Report on sanitation, dispensaries, and jails in Rajputana for 1919, and on vaccination for the year 1919-1920 - 1919-1920
Year: 1919
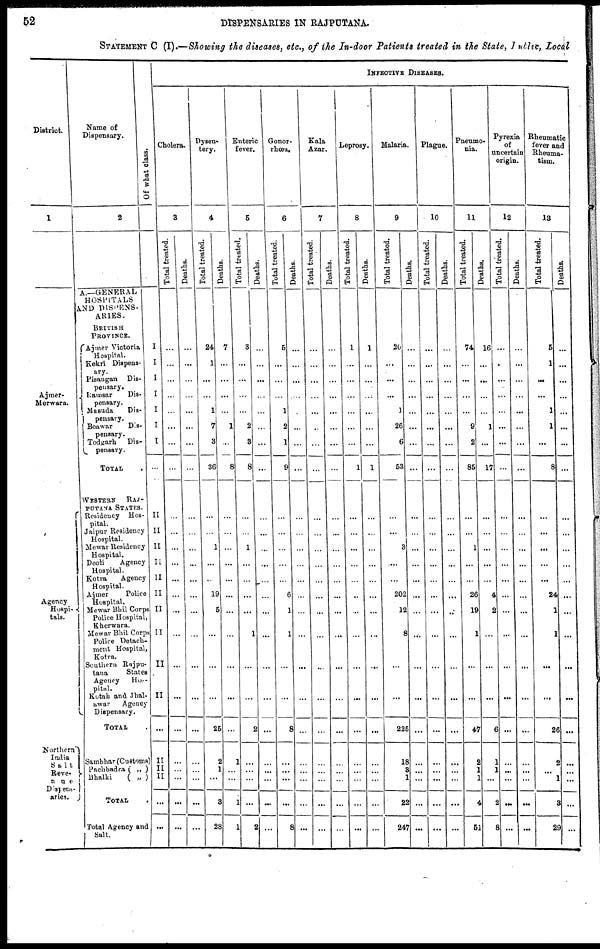
52
DISPENSARIES IN RAJPUTANA.
STATEMENT C (I).—Showing the diseases, etc., of the In-door Patients treated in the State, Public, Local
District.
1
Ajmer-
Merwara.
Agency
Hospi¬
tals.
Northern
India
Salt
Reve¬
nue
Dispens¬
aries.
Name of
Dispensary.
2
A.—GENERAL
HOSPITALS
AND DISPENS-
ARIES.
BRITISH
PROVINCE.
Ajmer Victoria
Hospital.
Kekri Dispens¬
ary.
Pisangan Dis-
pensary.
Ramsar
Dis¬
pensary.
Masuda
Dis¬
pensary.
Beawar
Dis¬
pensary.
Todgarh Dis¬
pensary.
TOTAL .
WESTERN
RAJ¬
PUTANA STATES.
Residency Hos-
pital.
Jaipur Residency
Hospital.
Mewar Residency
Hospital.
Deoli
Agency
Hospital.
Kotra
Agency
Hospital.
Ajmer
Police
Hospital.
Mewar Bhil Corps
Police Hospital,
Kherwara.
Mewar Bhil Corps
Police Detach-
ment Hospital,
Kotra.
Southern Rajpu¬
tana
States
Agency
Hos-
pital.
Kotah and Jhal¬
awar
Agency
Dispensary.
TOTAL .
Sambhar (Customs)
Pachbadra ( „ )
Bhalki
( „ )
TOTAL
Total Agency and
Salt.
Of what class.
I
I
I
I
I
I
I
...
II
II
II
II
II
II
II
II
II
II
...
II
II
II
...
INFECTIVE DISEASES.
Cholera.
3
Total treated.
...
...
...
...
...
...
...
...
...
...
...
...
...
...
...
...
...
...
...
...
...
...
...
...
Deaths.
...
...
...
...
...
...
...
...
...
...
...
...
...
...
...
...
...
...
...
...
...
...
...
...
Dysen¬
tery.
4
Total treated.
24
1
...
...
1
7
3
36
...
...
1
...
...
19
5
...
...
...
25
2
1
...
3
28
Deaths.
7
...
...
...
...
1
...
8
...
...
...
...
...
...
...
...
...
...
...
1
...
...
1
1
Enteric
fever.
5
Total treated.
3
...
...
...
...
2
3
8
...
...
1
...
...
...
...
1
...
...
2
...
...
...
2
Deaths.
...
...
...
...
...
...
...
...
...
...
...
...
...
...
...
...
...
...
...
...
...
...
...
...
Gonor¬
rhœa.
6
Total treated.
5
...
...
...
1
2
1
9
...
...
...
...
...
6
1
1
...
...
8
...
...
...
...
8
Deaths.
...
...
...
...
...
...
...
...
...
...
...
...
...
...
...
...
...
...
...
...
...
...
...
Kala
Azar.
7
Total treated.
...
...
...
...
...
...
...
...
...
...
...
...
...
...
...
...
...
...
...
...
...
...
...
Deaths.
...
...
...
...
...
...
...
...
...
...
...
...
...
...
...
...
...
...
...
...
...
...
Leprosy.
8
Total treated.
1
...
...
...
...
...
...
1
...
...
...
...
...
...
...
...
...
...
...
...
...
...
...
Deaths.
1
...
...
...
...
...
...
1
...
...
...
...
...
...
...
...
...
...
...
...
...
...
....
Malaria.
9
Total treated.
20
...
...
...
1
26
6
53
...
...
3
...
...
202
12
8
...
...
225
18
8
1
22
247
Deaths.
...
...
...
...
...
...
...
...
...
...
...
...
...
...
...
...
...
...
...
...
...
...
...
...
Plague.
10
Total treated.
...
...
...
...
...
...
...
...
...
...
...
...
...
...
...
...
...
...
...
...
...
...
...
...
Deaths.
...
...
...
...
...
...
...
...
...
...
...
...
...
...
...
...
...
...
...
...
...
...
...
...
Pneumo-
nia.
11
Total treated.
74
...
...
...
...
9
2
85
...
...
1
...
...
26
19
1
...
...
47
2
1
1
4
51
Deaths.
16
...
...
...
...
1
...
17
...
...
...
...
...
4
2
...
...
...
6
1
1
...
2
8
Pyrexia
of
uncertain
origin.
12
Total treated.
...
...
...
...
...
...
...
...
...
...
...
...
...
...
...
...
...
...
...
...
...
...
...
...
Deaths.
...
...
...
...
...
...
...
...
...
...
...
...
...
...
...
...
...
...
...
...
...
...
...
...
Rheumatic
fever and
Rheuma-
tism.
13
Total treated.
5
1
...
...
1
1
...
8
...
...
...
...
...
24
1
1
...
...
26
2
...
1
8
29
Deaths.
...
...
...
...
...
...
...
...
...
...
...
...
...
...
...
...
...
...
...
...
...
...
...
...